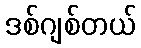
ဒစ်ဂျစ်တယ်